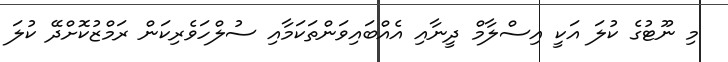
މި ނޫޓުގެ ކުލަ އަކީ އިސްލާމް ދީނާއި އެއްބައިވަންތަކަމާއި ސުލްހަވެރިކަން ރަމްޒުކޮށްދޭ ކުލަ